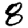
Digit: 8